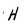
Character: H